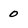
Character: 0